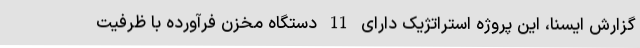
گزارش ایسنا، این پروژه استراتژیک دارای 11 دستگاه مخزن فرآورده با ظرفیت